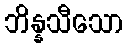
ဘိန္နသီသော